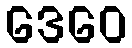
ဒေဝေ